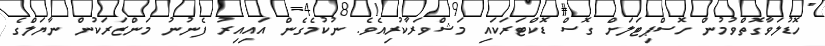
ހޮޑުލަވާގޮތްވުމުން ހޮސްޕިޓަލަށް ގޮސް ޑޮކްޓަރަކައި މަޝްވަރާކުރިއެވެ. ނުކުމެގެން އައިއިރު ފެނުނު މަންޒަރަކުން ނާޔަލްގެ